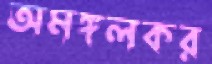
অমঙ্গলকর